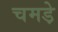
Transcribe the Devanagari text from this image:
चमडे़